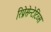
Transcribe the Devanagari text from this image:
रिप्रेसेन्टेटिव्स